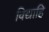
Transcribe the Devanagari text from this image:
विद्याहि